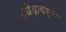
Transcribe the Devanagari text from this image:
अधेड़ावस्था